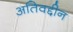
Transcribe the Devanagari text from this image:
अतिवद्दीन